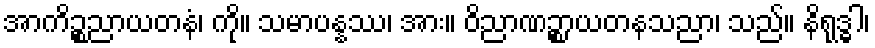
အာကိဉ္စညာယတနံ၊ ကို။ သမာပန္နဿ၊ အား။ ဝိညာဏဉ္စာယတနသညာ၊ သည်။ နိရုဒ္ဓါ၊